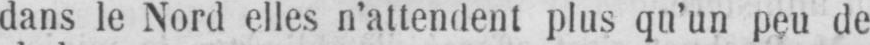
dans le Nord elles n’attendent plus qu’un peu de